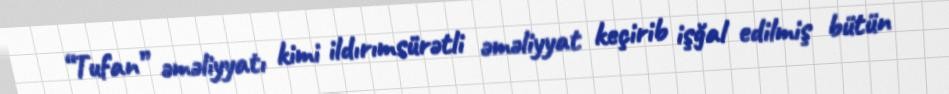
“Tufan” əməliyyatı kimi ildırımsürətli əməliyyat keçirib işğal edilmiş bütün